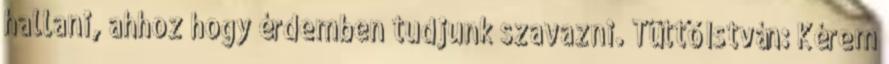
hallani, ahhoz hogy érdemben tudjunk szavazni. Tüttő István: Kérem